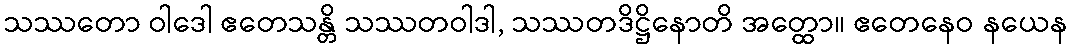
သဿတော ဝါဒေါ ဧတေသန္တိ သဿတဝါဒါ, သဿတဒိဋ္ဌိနောတိ အတ္ထော။ ဧတေနေဝ နယေန